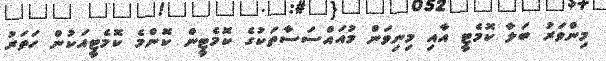
މިންވަރު ބަލާ ކޮމެޓީ އާއި މިނިވަން މުއައްސަސާތަކުގެ ކޮމެޓީން ކޮންމެ ކޮމެޓީއަކުން ހަތަރު